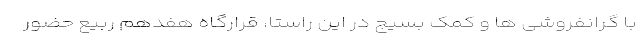
با گرانفروشی ها و کمک بسیج در این راستا، قرارگاه هفدهم ربیع حضور